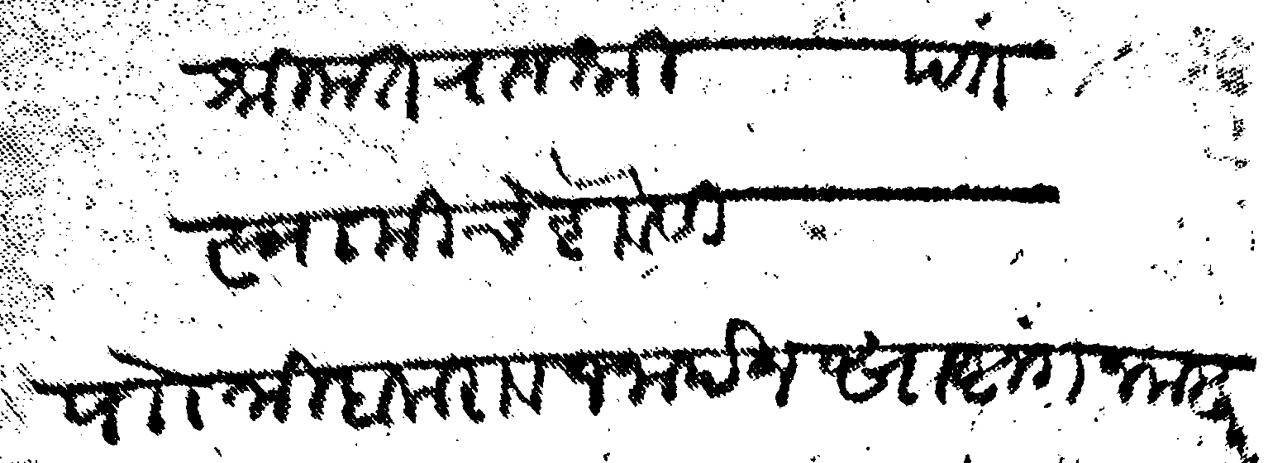
Transliteration (Devanagari): श्रीमत राजश्री  पंत स्वामीचे शेवेसी पाो त्रिबकराव जनार्दन साष्टांग नमस्कार